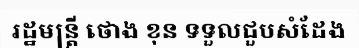
រដ្ឋមន្ត្រី ថោង ខុន ទទួលជួបសំដែង